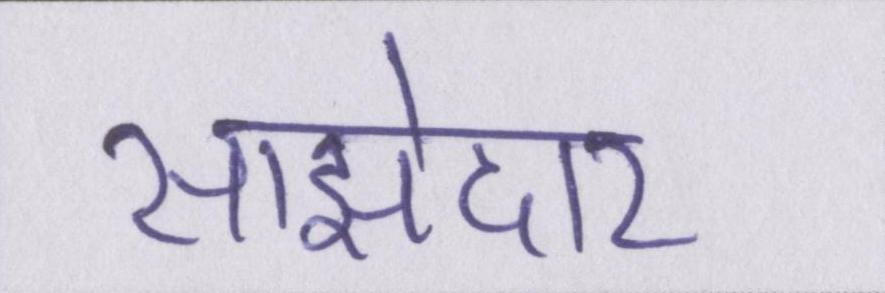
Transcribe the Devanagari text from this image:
साझेदार